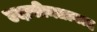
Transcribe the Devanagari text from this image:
उदासीनतावाद